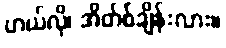
ဟယ်လို၊ အိတ်စ်ချိန်းလား။